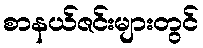
စာနယ်ဇင်းများတွင်